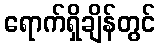
ရောက်ရှိချိန်တွင်